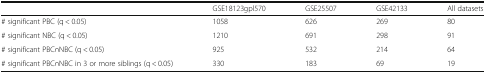
<table><thead><tr><td></td><td><b>GSE18123gpl570</b></td><td><b>GSE25507</b></td><td><b>GSE42133</b></td><td><b>All datasets</b></td></tr></thead><tbody><tr><td># significant PBC (q &lt; 0.05)</td><td>1058</td><td>626</td><td>269</td><td>80</td></tr><tr><td># significant NBC (q &lt; 0.05)</td><td>1210</td><td>691</td><td>298</td><td>91</td></tr><tr><td># significant PBC∩NBC (q &lt; 0.05)</td><td>925</td><td>532</td><td>214</td><td>64</td></tr><tr><td># significant PBC∩NBC in 3 or more siblings (q &lt; 0.05)</td><td>330</td><td>183</td><td>69</td><td>19</td></tr></tbody></table>